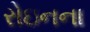
રોઇનના